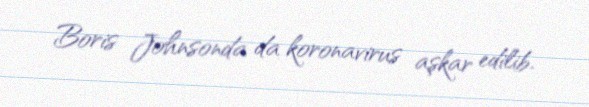
Boris Johnsonda da koronavirus aşkar edilib.